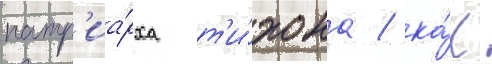
патр'иа́рха т'и́хона / ка́к